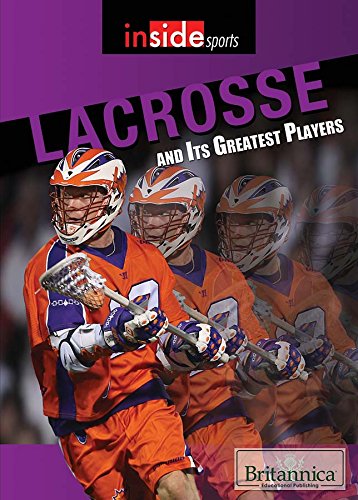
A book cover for Lacrosse and Its Greatest Players (Inside Sports); Teen & Young Adult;